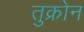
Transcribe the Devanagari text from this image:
तुक्रोन